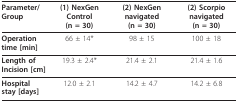
<table><thead><tr><td><b>Parameter/Group</b></td><td><b>(1) NexGen Control (n = 30)</b></td><td><b>(2) NexGen navigated (n = 30)</b></td><td><b>(2) Scorpio navigated (n = 30)</b></td></tr></thead><tbody><tr><td><b>Operation time [min]</b></td><td>66 ± 14 *</td><td>98 ± 15</td><td>100 ± 18</td></tr><tr><td><b>Length of Incision [cm]</b></td><td>19.3 ± 2.4*</td><td>21.4 ± 2.1</td><td>21.4 ± 1.6</td></tr><tr><td><b>Hospital stay [days]</b></td><td>12.0 ± 2.1</td><td>14.2 ± 4.7</td><td>14.2 ± 6.8</td></tr></tbody></table>